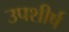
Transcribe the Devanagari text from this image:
उपशीर्ष